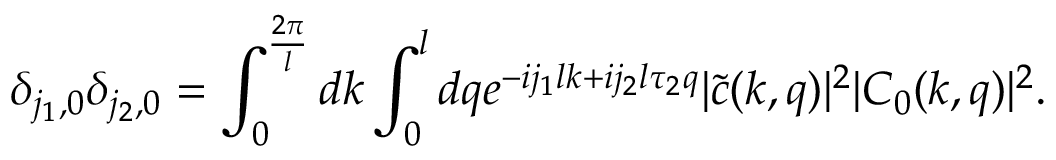
\delta _ { j _ { 1 } , 0 } \delta _ { j _ { 2 } , 0 } = \int _ { 0 } ^ { \frac { 2 \pi } { l } } d k \int _ { 0 } ^ { l } d q e ^ { - i j _ { 1 } l k + i j _ { 2 } l \tau _ { 2 } q } | \tilde { c } ( k , q ) | ^ { 2 } | C _ { 0 } ( k , q ) | ^ { 2 } .